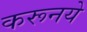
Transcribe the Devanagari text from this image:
करूनये